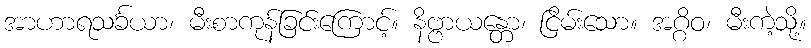
အာဟာရသင်္ခယာ၊ မီးစာကုန်ခြင်းကြောင့်။ နိဗ္ဗာယန္တော၊ ငြိမ်းသော။ အဂ္ဂိဝ၊ မီးကဲ့သို့။